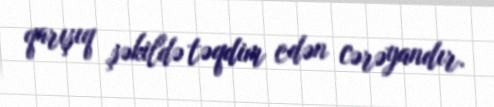
qarışıq şəkildə təqdim edən cərəyandır.